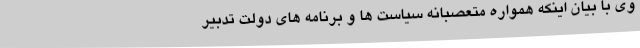
وی با بیان اینکه همواره متعصبانه سیاست ها و برنامه های دولت تدبیر